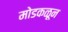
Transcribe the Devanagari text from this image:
मोडकळून